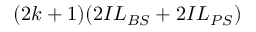
( 2 k + 1 ) ( 2 I L _ { B S } + 2 I L _ { P S } )